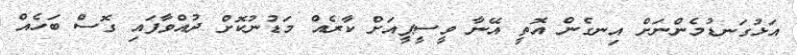
އަޅުގަނޑުމެންނަށް އިނގެން އޮތީ އޭނާ ވީސީޕީއަށް ކާރެއް މަޑުނުކޮށް ދުއްވާފައި ގޮސް ބަހެއް